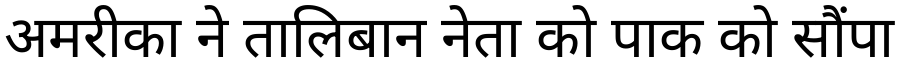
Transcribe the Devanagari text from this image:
अमरीका ने तालिबान नेता को पाक को सौंपा